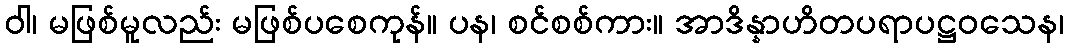
ဝါ၊ မဖြစ်မူလည်း မဖြစ်ပစေကုန်။ ပန၊ စင်စစ်ကား။ အာဒိန္နာဟိတပရာပဋ္ဌဝသေန၊